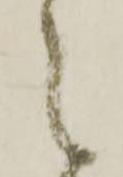
可